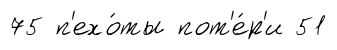
75 п'ехо́ты пот'е́р'и 51